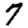
Digit: 7